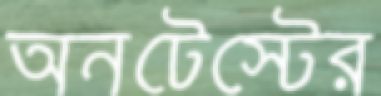
অনটেস্টের